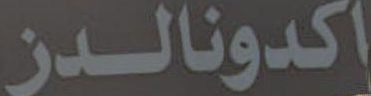
اكدونالدز